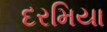
દરમિયા